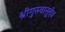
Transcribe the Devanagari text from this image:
श्रीगुरुवासुदेव